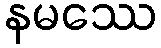
နမဿေ